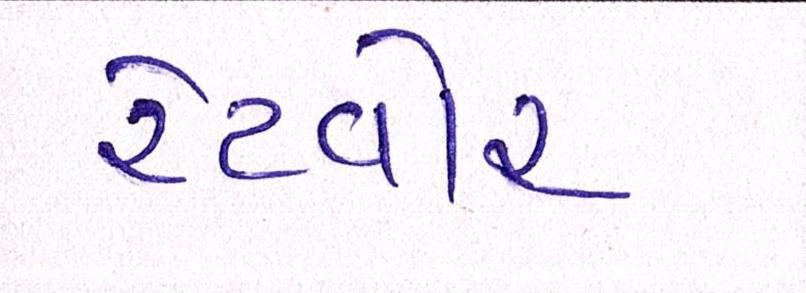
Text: રેટવોર